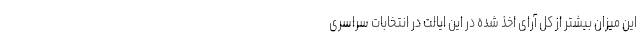
این میزان بیشتر از کل آرای اخذ شده در این ایالت در انتخابات سراسری